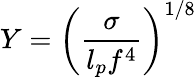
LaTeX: Y=\left(\frac{\sigma}{l_{p}f^{4}}\right)^{1/8}